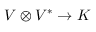
V \otimes V ^ { * } \to K